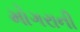
મોગરાની